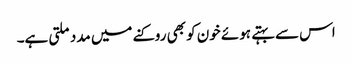
اس سے بہتے ہوئے خون کو بھی روکنے میں مدد ملتی ہے۔